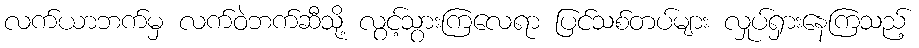
လက်ယာဘက်မှ လက်ဝဲဘက်ဆီသို့ လွင့်သွားကြလေရာ ပြင်သစ်တပ်များ လှုပ်ရှားနေကြသည့်